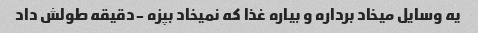
یه وسایل میخاد برداره و بیاره غذا که نمیخاد بپزه -دقیقه طولش داد